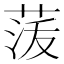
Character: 𮏟